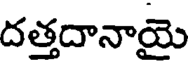
దత్తదానాయై